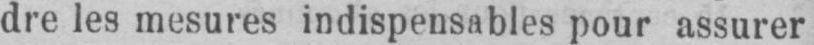
dre les mesures indispensables pour assurer